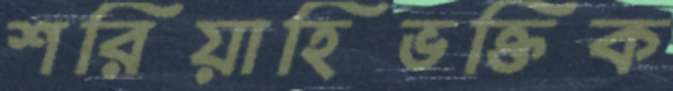
শরিয়াহিভক্তিক